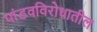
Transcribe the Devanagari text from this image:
पांडवविरोधातील